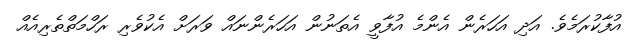
އުފާކުރަމެވެ. އަދި އަހަރެން އެންމެ އުފާވީ އެތަނުން އަހަރެންނައް ވަރަށް އެކުވެރި ރަހްމަތްތެރިއެއް